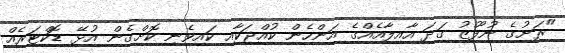
"ރަށުގެ ނުފޫޒު ގަދަ އާއިލާއެއްގެ އަންހެން ކުއްޖަކާއި ކައިވެނި ކޮށްގެން އުޅޭ ޑޮކްޓަރެއް